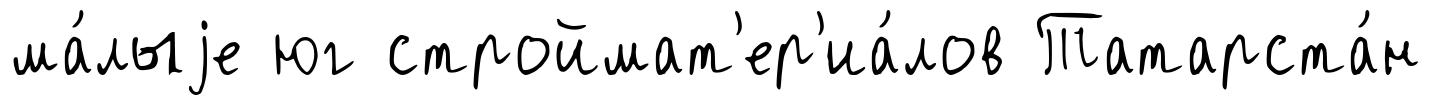
ма́лыjе юг строймат'ер'иа́лов Татарста́н